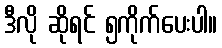
ဒီလို ဆိုရင် ၅ကိုက်ပေးပါ။